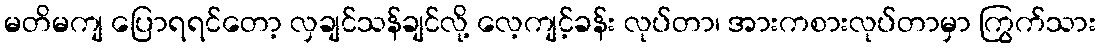
မတိမကျ ပြောရရင်တော့ လှချင်သန်ချင်လို့ လေ့ကျင့်ခန်း လုပ်တာ၊ အားကစားလုပ်တာမှာ ကြွက်သား